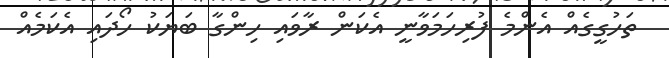
ތަހުގީގެއް އެންމެ ފުރިހަމަވާނީ އެކަން ރާވައި ހިންގާ ބަޔަކު ހޯދައި އެކަމެއް